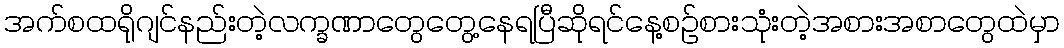
အက်စထရိုဂျင်နည်းတဲ့လက္ခဏာတွေတွေ့နေရပြီဆိုရင်နေ့စဉ်စားသုံးတဲ့အစားအစာတွေထဲမှာ